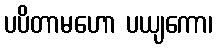
ပပိတာမဟော ပယျကော၊